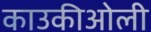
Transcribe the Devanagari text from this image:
काउकीओली